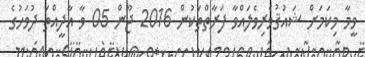
ވީމާ މިކަމަށް ޝައުޤުވެރިވެލައްވާ ފަރާތްތަކުން 2016 ޖޫން 05 ވާ އާދީއްތަ ދުވަހުގެ